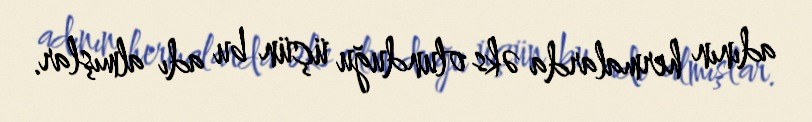
adının hermalarda əks olunduğu üçün bu adı almışlar.